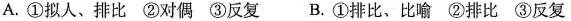
A.①拟人、排比 ②对偶 ③反复 B.①排比、比喻 ②排比 ③反复